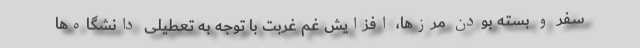
سفر و بسته بودن مرزها، افزایش غم غربت با توجه به تعطیلی دانشگاه‌ها